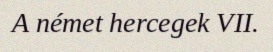
A német hercegek VII.